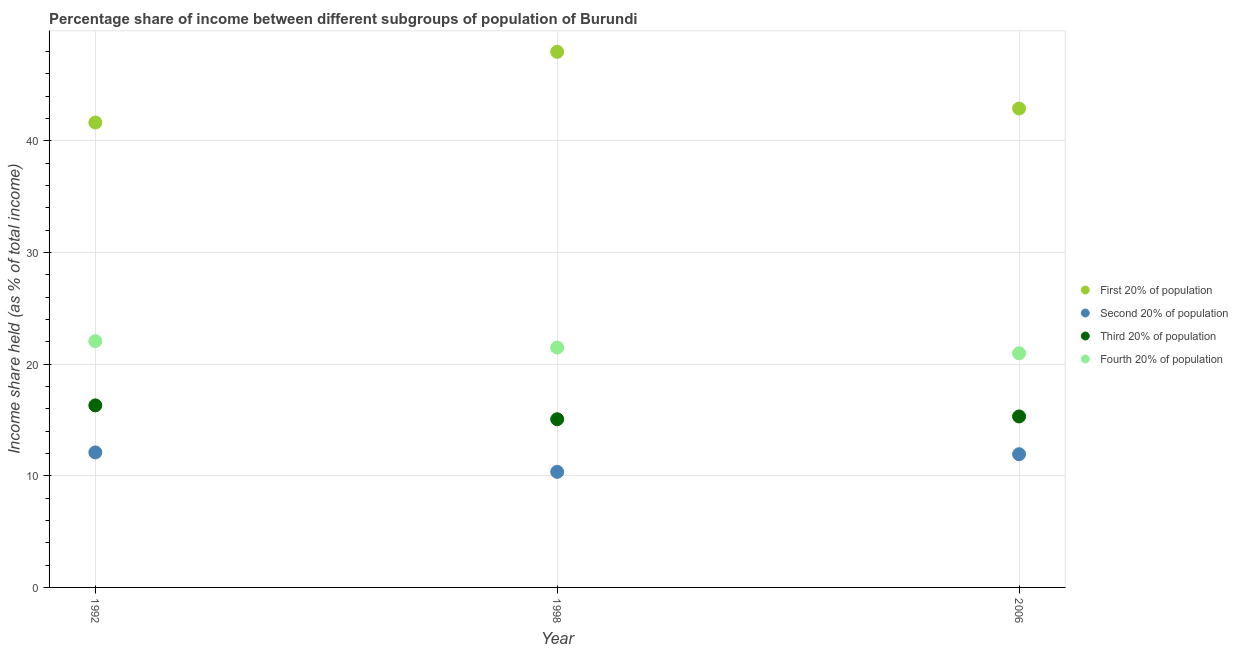
| Year | First 20% of population | Second 20% of population | Third 20% of population | Fourth 20% of population |
 | --- | --- | --- | --- | --- |
 | 1992 | 41.6 | 12.1 | 16.3 | 22.1 |
 | 1998 | 48 | 10.3 | 15.1 | 21.5 |
 | 2006 | 42.9 | 11.9 | 15.3 | 21 |